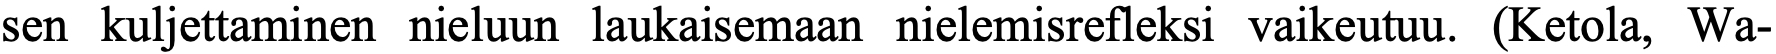
sen kuljettaminen nieluun laukaisemaan nielemisrefleksi vaikeutuu. (Ketola, Wa-